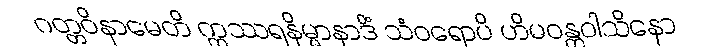
ဂတ္တဝိနာမေတိ ဣဿရနိမ္မာနာဒိံ သံဝရောပိ ဟိမဝန္တဝါသိနော